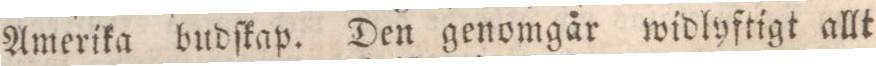
Amerika budſkap. Den genomgår widlyftigt allt